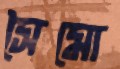
সৈমো